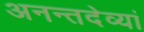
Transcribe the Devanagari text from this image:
अनन्तदेव्यां